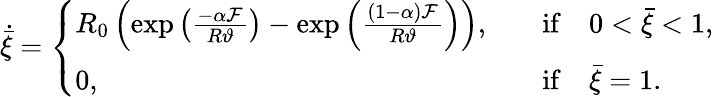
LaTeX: \dot{\bar{\xi}}=\left\{ \begin{array}{ll}{R_{0}\left(\exp\left(\frac{-\alpha\mathcal{F}}{R\vartheta}\right)-\exp\left(\frac{(1-\alpha)\mathcal{F}}{R\vartheta}\right)\right),}&{\quad\mathrm{if}\quad 0<\bar{\xi}<1,}\\ {0,}&{\quad\mathrm{if}\quad\bar{\xi}=1.}\end{array}\right.